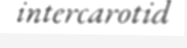
intercarotid